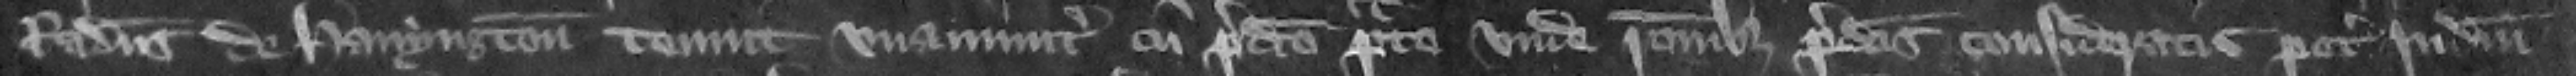
Radulfus de Hanyngton tenuit vnanimiter cum predicto prato. Vnde racionibus predictis consideratis petit iudicium